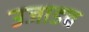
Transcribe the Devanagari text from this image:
उजाडच